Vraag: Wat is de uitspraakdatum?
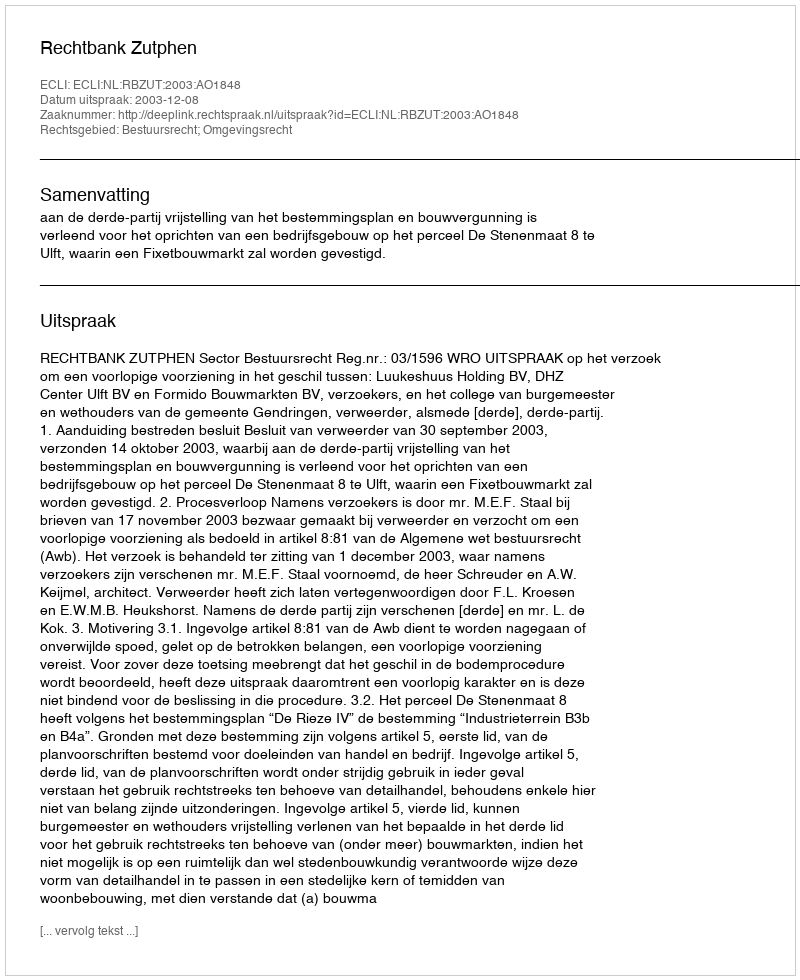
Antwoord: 2003-12-08